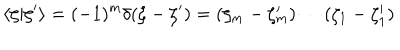
LaTeX: \langle \zeta | \zeta ^ { \prime } \rangle = ( - 1 ) ^ { m } \delta ( \zeta - \zeta ^ { \prime } ) = ( \zeta _ { m } - \zeta _ { m } ^ { \prime } ) \cdots ( \zeta _ { 1 } - \zeta _ { 1 } ^ { \prime } )